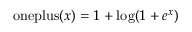
{ \mathrm { o n e p l u s } } ( x ) = 1 + \log ( 1 + e ^ { x } )